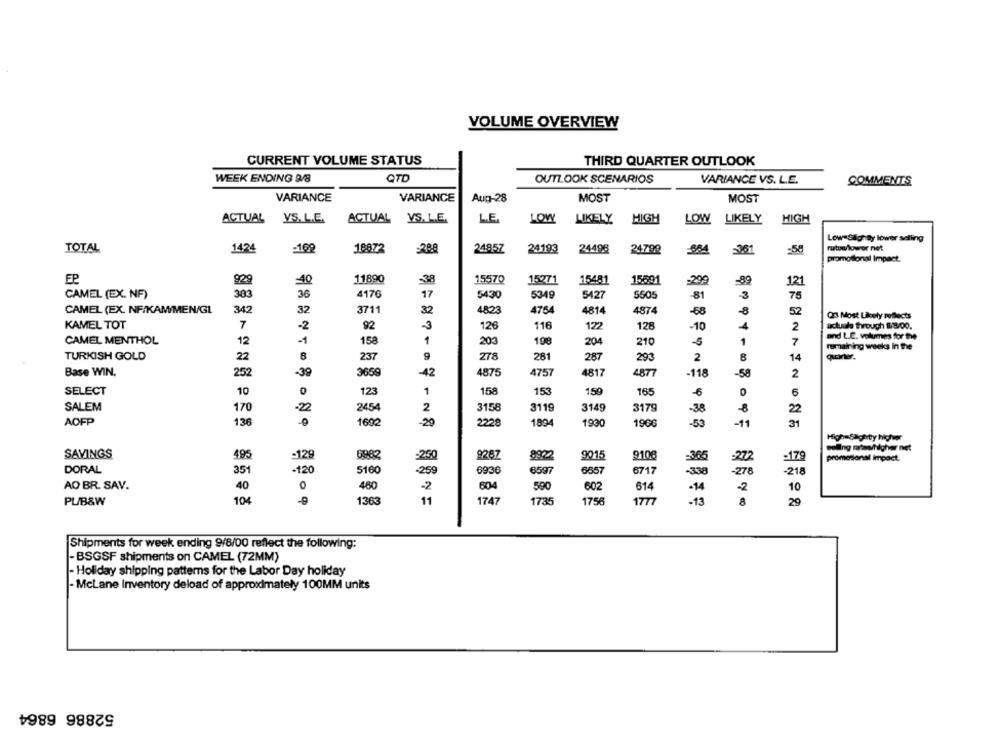
VOLUME OVERVIEW
CURRENT VOLUME STATUS
THIRD QUARTER OUTLOOK
WEEK ENDING 9/8
QTD
OUTLOOK SCENARIOS
VARIANCE VS. L.E.
COMMENTS
VARIANCE
VARIANCE
Aug-28
MOST
MOST
ACTUAL
YS. L.E.
ACTUAL VS. L.E.
VS. L.E.
LE.
LOW
LIKELY
HIGH
LOW LIKELY
HIGH
Low Slightly lower selling
TOTAL
14,24
-169
18872
-288
24857
24193
24498
24798
884
3.61
-58
rutue lowor net
promotional Impact.
EP
929
10
11890
-39
15570
15271
15481
15801
299
-89
121
CAMEL (EX. NF)
303
36
4170
17
54.30
5349
5427
5505
-81
3
75
CAMEL (EX. NF/KAM/MEN/GL
342
32
3711
32
4823
4754
4814
4874
-68
-8
52
Q3 Most Likely reflects
KAMEL TOT
7
-2
92
126
116
122
128
4
actuals through $800.
-10
2
CAMEL MENTHOL
-1
158
1
203
198
204
210
1
and L.C. volumes for the
12
5
7
remaining weeks in the
TURKISH GOLD
237
9
278
281
287
293
8
22
8
2
14
Base WIN.
3659
4875
4757
4817
4877
252
-39
42
-118
-58
2
SELECT
10
0
123
1
158
153
159
165
-6
6
SALEM
170
2454
2
3158
3119
3149
3179
-38
-8
22
AOFP
136
1692
20
2228
1894
1930
1906
-53
-11
31
High-Saghity higher
-129
walling ratestilgher net
SAVINGS
495
6982
9287
892
9015
9108
-365
272
-179
promotional impact.
-259
DORAL
351
-120
5160
6936
6597
6657
6717
-338
278
-218
AO BR. SAV.
40
0
460
-2
604
590
602
614
-14
-2
10
PL/B&W
104
1363
11
1747
1735
1756
1777
-13
8
20
Shipments for week ending 9/8/00 reflect the following:
- BSGSF shipments on CAMEL (72MM)
- Holiday shipping patterns for the Labor Day holiday
- McLane inventory deload of approximately 100MM units
52886 6864